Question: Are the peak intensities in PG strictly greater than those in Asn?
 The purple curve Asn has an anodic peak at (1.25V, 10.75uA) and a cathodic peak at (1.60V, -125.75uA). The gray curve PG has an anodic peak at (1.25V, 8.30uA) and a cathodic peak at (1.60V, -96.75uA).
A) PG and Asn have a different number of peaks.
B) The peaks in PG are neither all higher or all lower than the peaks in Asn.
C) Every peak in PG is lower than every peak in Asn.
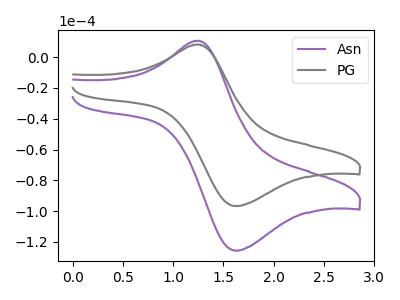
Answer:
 <answer>C) Every peak in "PG" is lower than every peak in "Asn".</answer>
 <eval>C</eval>